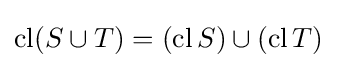
\operatorname {cl} (S\cup T)=(\operatorname {cl} S)\cup (\operatorname {cl} T)